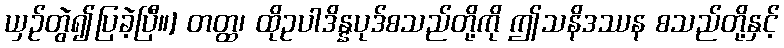
ယှဉ်တွဲ၍ပြခဲ့ပြီ။] တတ္ထ၊ ထိုဥပါဒိန္နပုဒ်စသည်တို့ကို ဤသနိဒဿန စသည်တို့နှင့်